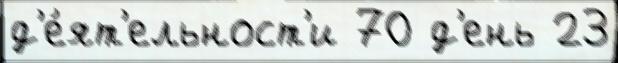
д'е́ят'ельност'и 70 д'ень 23